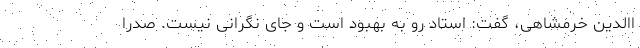
االدین خرمشاهی، گفت: استاد رو به بهبود است و جای نگرانی نیست. صدرا